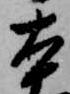
本